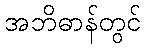
အဘိဓာန်တွင်